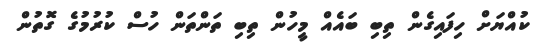
ކުއްޔަށް ހިފައިގެން ތިބި ބަައެއް މީހުން ތިބި ތަންތަން ހުސް ކުރުުމުގެ ގޮތުން